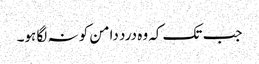
جب تک کہ وہ درد دامن کو نہ لگا ہو۔